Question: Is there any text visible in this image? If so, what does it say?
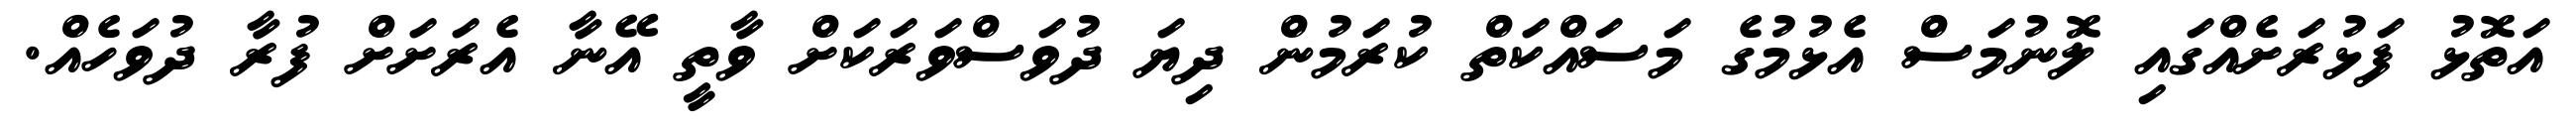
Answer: އަތޮޅު ފަޅުރަށެއްގައި ލޮނުމަސް އެޅުމުގެ މަސައްކަތް ކުރަމުން ދިޔަ ދުވަސްވަރަކަށް ވާތީ އޭނާ އެރަށަށް ފުރާ ދުވަހެއް.